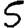
Digit: 5